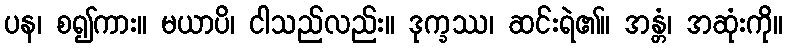
ပန၊ စ၍ကား။ မယာပိ၊ ငါသည်လည်း။ ဒုက္ခဿ၊ ဆင်းရဲ၏။ အန္တံ၊ အဆုံးကို။